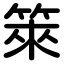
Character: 箂